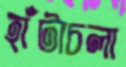
হাঁটাচলা